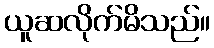
ယူဆလိုက်မိသည်။